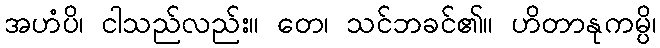
အဟံပိ၊ ငါသည်လည်း။ တေ၊ သင်ဘခင်၏။ ဟိတာနုကမ္ပိ၊